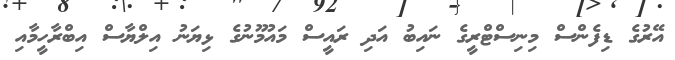
އޭރުގެ ޑިފެންސް މިނިސްޓްރީގެ ނައިބު އަދި ރައީސް މައުމޫނުގެ ޅިޔަނު އިލްޔާސް އިބްރާހީމާއި